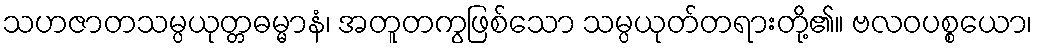
သဟဇာတသမ္ပယုတ္တဓမ္မာနံ၊ အတူတကွဖြစ်သော သမ္ပယုတ်တရားတို့၏။ ဗလဝပစ္စယော၊